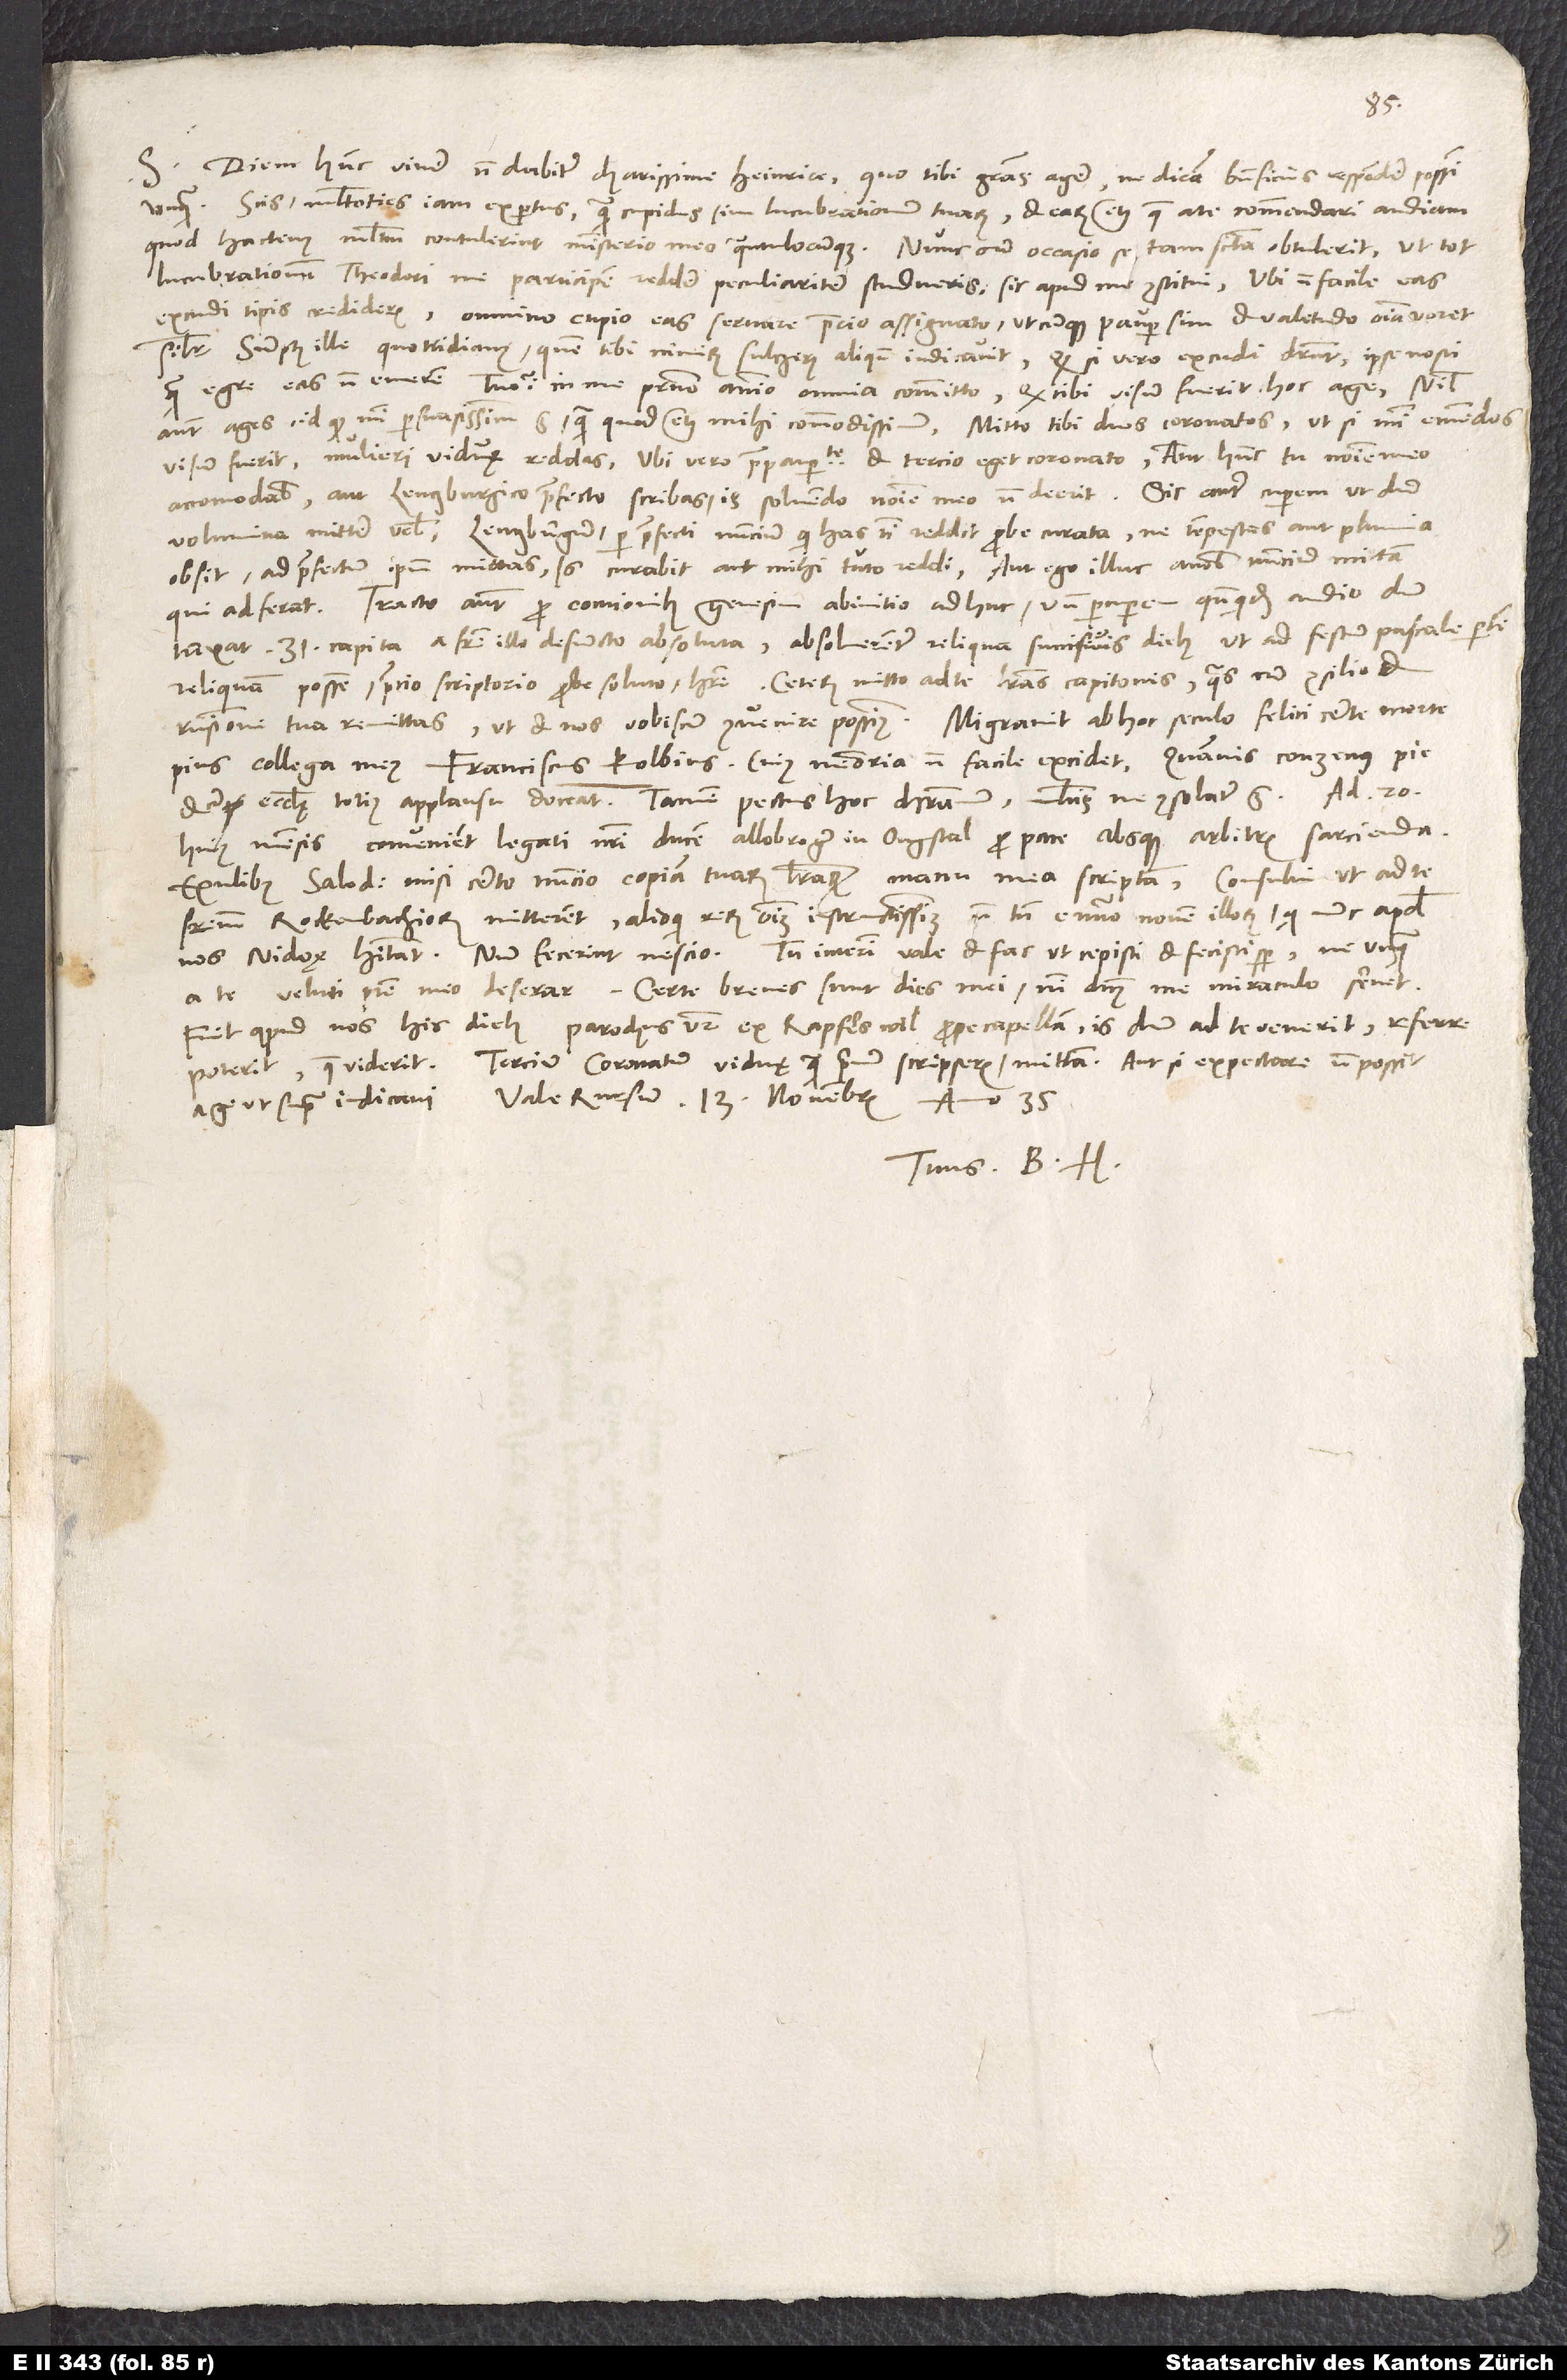
S.

35.
Diem hunc vivere non dabitur, charissime Heinrice, quo tibi gratias agere, ne dicam beneficiis respondere possim
unquam. Scis multoties iam expertus, quam cupidus sim lucubrationum tuarum et earum etiam, quae a te commendari audiam,
quod hactenus multum contulerint ministerio meo quantulocunque. Nunc, cum occasio se tam sancta obtulerit, ut tot
lucubrationum Theodori me participem reddere peculianiter studueris, sic apud me constitui: Ubi non facile eas
excudi tipis credideris, omnino cupio eas servare precio assignato, utcunque pauper sim et valetudo omnia voret,
similiter sumptus ille quottidianus, quem tibi nimirum Sulczerus aliquando indicavit. Quodsi vero excudi deberent, ipse nosti,
quam egre eas non emerem. Tuo igitur in me paterno animo omnia committo. Quod tibi visum fuerit, hoc age. Nihil
autem ages, id quod mihi persuasissimum est, quam quod etiam mihi commodissimum. Mitto tibi duos coronatos, ut si mihi emendos
visum fuerit, mulieri viduae reddas. Ubi vero prae paupertate et tercio eget coronato, aut hunc tu nomine meo
accomodabis aut Lenczburgico praefecto scribas. Is solvendo nomine meo non deerit. Sic autem cuperem, ut dum
volumina mittere velis, Lenczburgum per praefecti nuncium, qui has tibi reddit, probe curata, ne tempestas aut pluvia
obsit, ad praefectum ipsum mittas. Is curabit aut mihi tuto reddi, aut ego illuc a nobis nuncium mittam,
qui adferat. Tracto autem pro contionibus Genesim ab initio adhuc, unde percuperem, quandoquidem audio
dumtaxat 31 capita a fratre illo defuncto absoluta, absolverentur reliqua succisivis diebus, ut ad festum pascale partem
pius collega meus Franciscus Kolbius, cuius memoria non facile excidet. Quamvis Conzenus pie
et cum ecclesię totius applausu doceat, tamen pectus hoc christianum multis me consolatus est.
huius mensis convenient legati nostri ducem Allobrogum in Ougstal pro pace absque arbitris sarcienda
Exulibus Salodorensibus misi certo nuncio copiam tuarum literarum manu mea scriptam. Consului, ut ad te
fratrem Rockenbachiorum mitterent alioqui rerum omnium instructissimum, non tamen e numero novem illorum, qui nunc apud
Fuit apud nos his diebus parochus vester ex Rapferswil prope Capellam. Is, dum ad te venerit, referre
Tercium coronatum viduę, quam primum scripseris, mittam, aut si expectare non possit,
Tuus B. H.